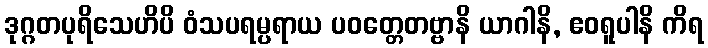
ဒုဂ္ဂတပုရိသေဟိပိ ဝံသပရမ္ပရာယ ပဝတ္တေတဗ္ဗာနိ ယာဂါနိ, ဧဝရူပါနိ ကိရ